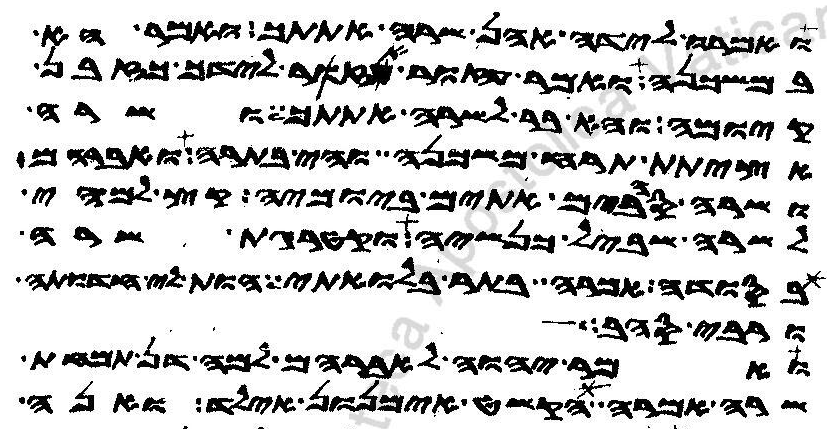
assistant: ואמרו לידה אהן שרה אתתך ואמר הא
במשכנה ואמר עזור אעזר לידך כזבן
קיומה והא בר לשרה אתתך ושרה
אציתת תרח משכנה והי בתרה ואברהם
ושרה סהבים אתים ביומיה קץ למהי
לשרה שביל כנשיה וקטרגת שרה
בסודה למימר בתר בלואתי הות לי חדותה
ורבי סהב
ואמר יהוה לאברהם למה דן תמחת
שרה אמרה הקשט אימנון אילד ואנה